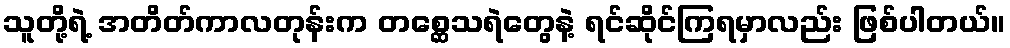
သူတို့ရဲ့ အတိတ်ကာလတုန်းက တစ္ဆေသရဲတွေနဲ့ ရင်ဆိုင်ကြရမှာလည်း ဖြစ်ပါတယ်။